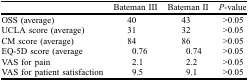
<table><thead><tr><td></td><td><b>Bateman III</b></td><td><b>Bateman II</b></td><td><b><i>P</i>-value</b></td></tr></thead><tbody><tr><td>OSS (average)</td><td>40</td><td>43</td><td>&gt;0.05</td></tr><tr><td>UCLA score (average)</td><td>31</td><td>32</td><td>&gt;0.05</td></tr><tr><td>CM score (average)</td><td>84</td><td>86</td><td>&gt;0.05</td></tr><tr><td>EQ-5D score (average</td><td>0.76</td><td>0.74</td><td>&gt;0.05</td></tr><tr><td>VAS for pain</td><td>2.1</td><td>2.2</td><td>&gt;0.05</td></tr><tr><td>VAS for patient satisfaction</td><td>9.5</td><td>9.1</td><td>&gt;0.05</td></tr></tbody></table>